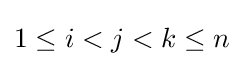
1\leq i<j<k\leq n